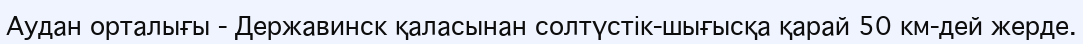
Аудан орталығы - Державинск қаласынан солтүстік-шығысқа қарай 50 км-дей жерде.